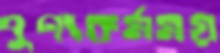
পুণ্যকর্মময়